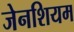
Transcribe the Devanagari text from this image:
जेनशियम